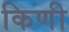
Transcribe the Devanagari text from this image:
किणी